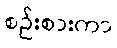
စဉ်းစားကာ